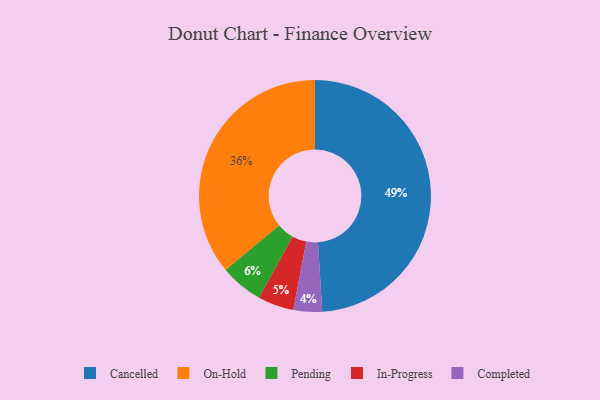
{"axis": {"x": "Category", "y": "Percentage"}, "legend": ["Cancelled", "Completed", "In-Progress", "On-Hold", "Pending"], "data": [{"x": "Cancelled", "y": 49, "type": "Cancelled"}, {"x": "In-Progress", "y": 5, "type": "In-Progress"}, {"x": "Completed", "y": 4, "type": "Completed"}, {"x": "Pending", "y": 6, "type": "Pending"}, {"x": "On-Hold", "y": 36, "type": "On-Hold"}]}